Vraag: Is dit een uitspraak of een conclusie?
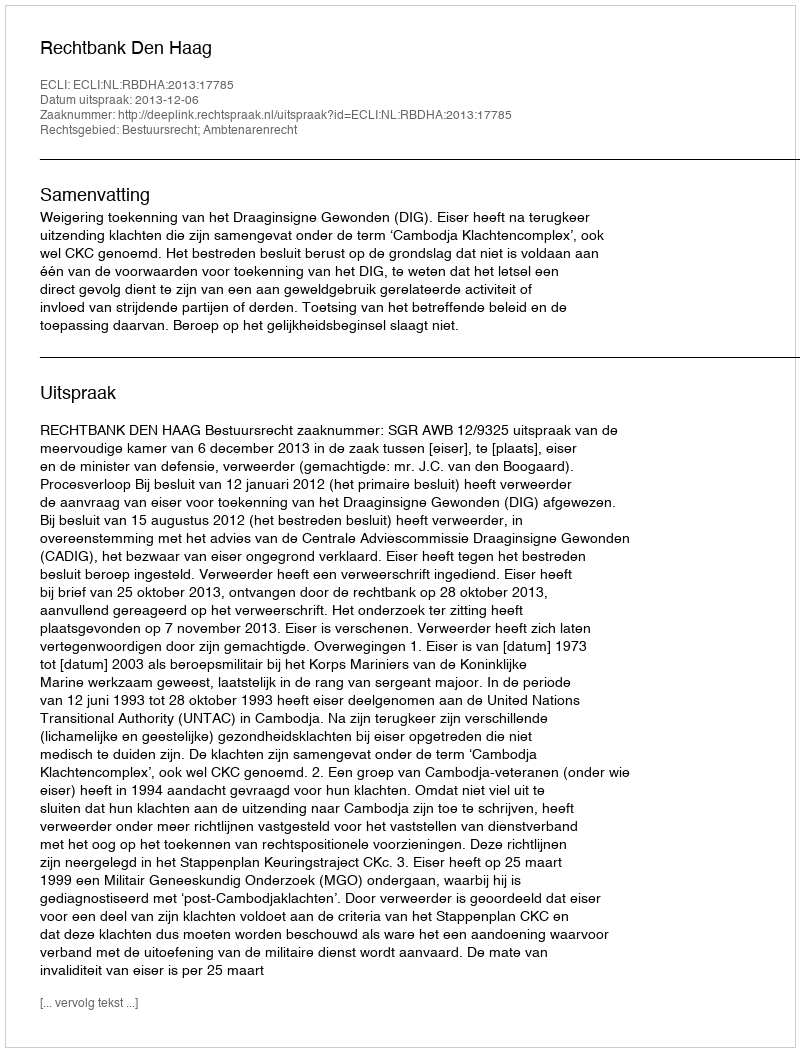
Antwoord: Uitspraak